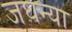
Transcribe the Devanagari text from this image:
जघन्या